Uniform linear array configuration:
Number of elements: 24
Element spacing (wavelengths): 0.25
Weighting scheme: kaiser
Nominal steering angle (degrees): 45
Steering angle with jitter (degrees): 43.26
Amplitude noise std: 0.05
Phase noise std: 0.05

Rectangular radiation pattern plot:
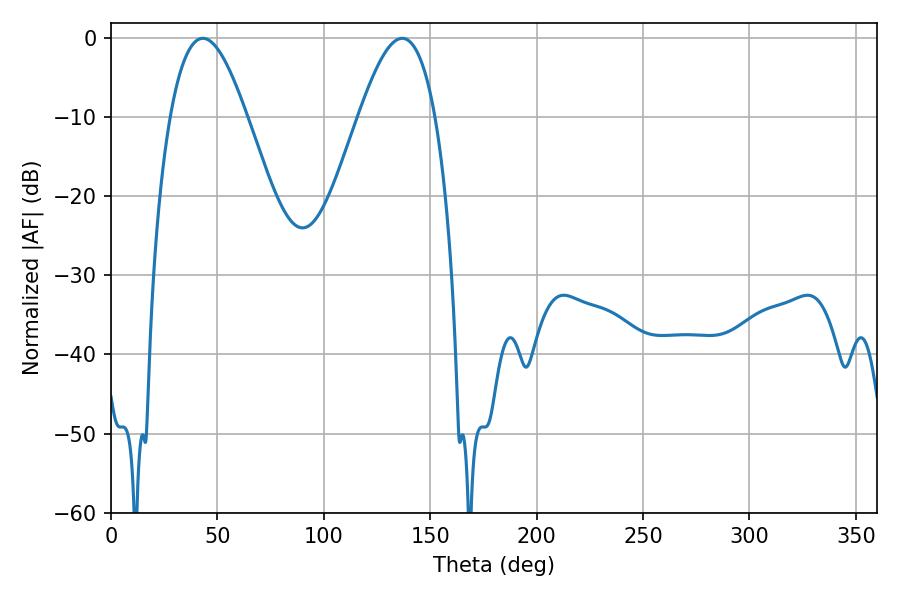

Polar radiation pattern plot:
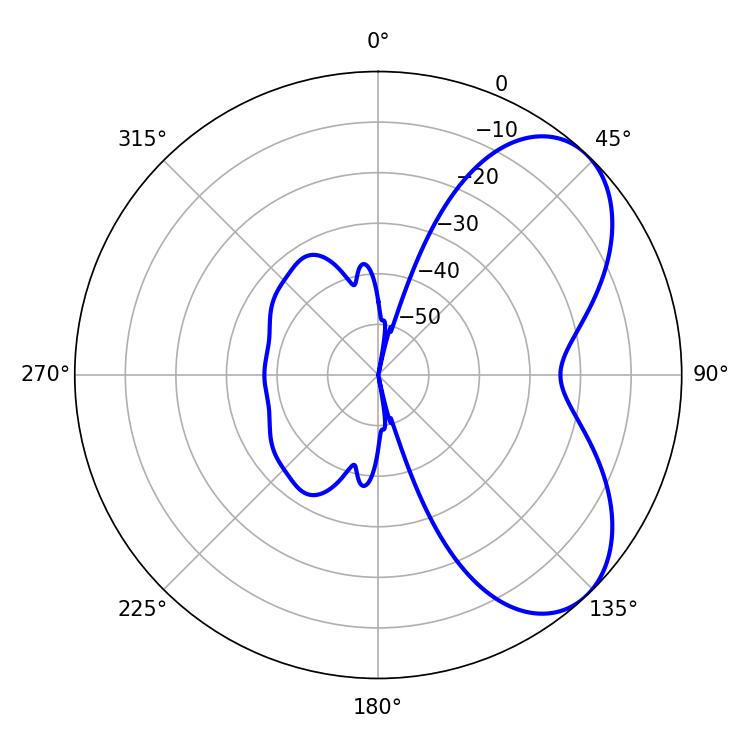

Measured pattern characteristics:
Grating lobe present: FALSE
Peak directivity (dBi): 5.859
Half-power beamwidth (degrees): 19.44
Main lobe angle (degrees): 43.2